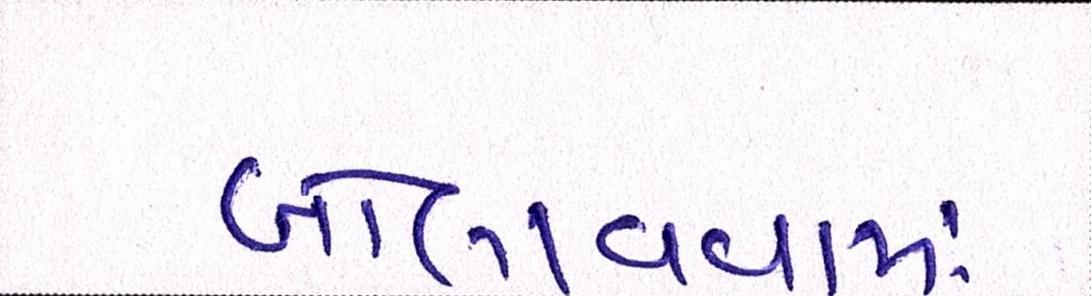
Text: બોલાવવામાં